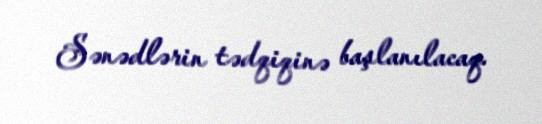
Sənədlərin tədqiqinə başlanılacaq.